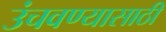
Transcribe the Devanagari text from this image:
उंचवण्यासाठी